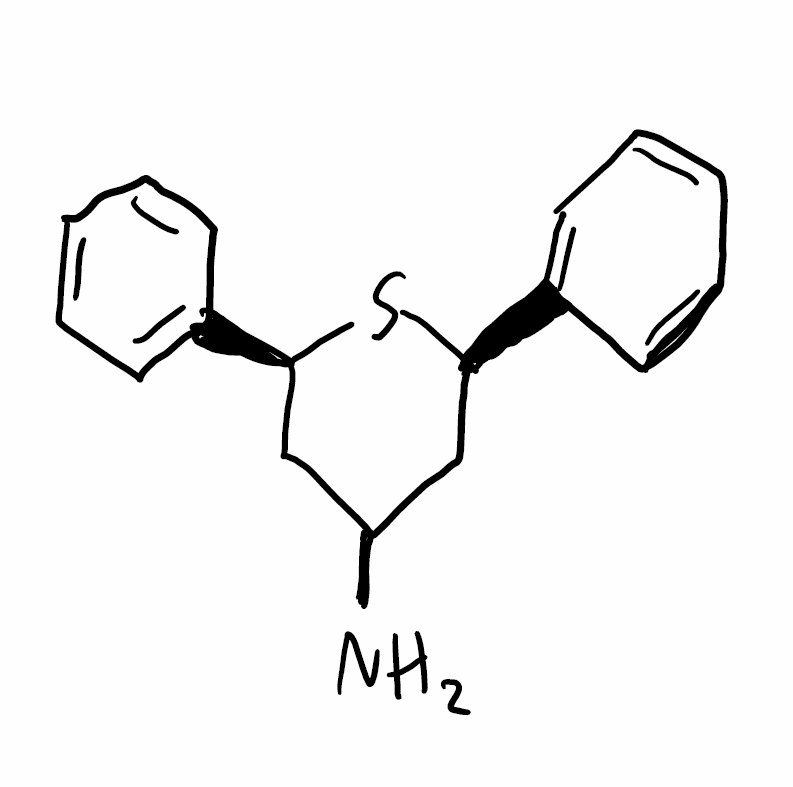
Simplified molecular-input line-entry system (SMILES) notation of the given molecule:
C1[C@@H](S[C@@H](CC1N)C2=CC=CC=C2)C3=CC=CC=C3